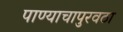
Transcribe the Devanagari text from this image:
पाण्याचापुरवठा